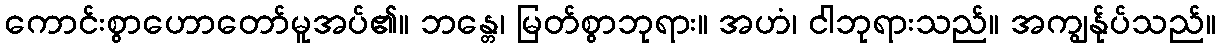
ကောင်းစွာဟောတော်မူအပ်၏။ ဘန္တေ၊ မြတ်စွာဘုရား။ အဟံ၊ ငါဘုရားသည်။ အကျွန်ုပ်သည်။